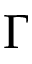
\Gamma